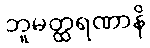
ဘူမတ္ထရဏာနိ